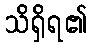
သိရှိရ၏